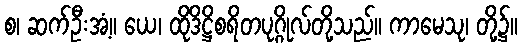
စ၊ ဆက်ဦးအံ့။ ယေ၊ ထိုဒိဋ္ဌိစရိတပုဂ္ဂိုလ်တို့သည်။ ကာမေသု၊ တို့၌။